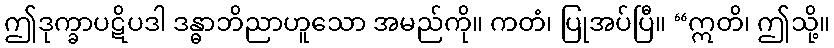
ဤဒုက္ခာပဋိပဒါ ဒန္ဓာဘိညာဟူသော အမည်ကို။ ကတံ၊ ပြုအပ်ပြီ။ “ဣတိ၊ ဤသို့။